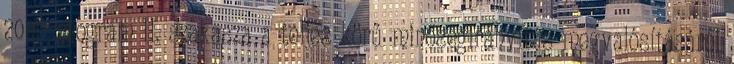
2000 program II. szakasza a teljes körű minőségirányítás megvalósításáról